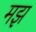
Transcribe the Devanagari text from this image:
मझ